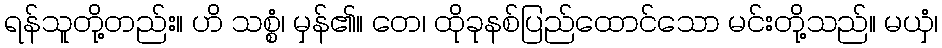
ရန်သူတို့တည်း။ ဟိ သစ္စံ၊ မှန်၏။ တေ၊ ထိုခုနစ်ပြည်ထောင်သော မင်းတို့သည်။ မယှံ၊